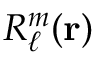
R _ { \ell } ^ { m } ( \mathbf { r } )